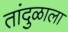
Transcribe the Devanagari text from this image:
तांदुळाला